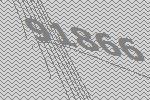
91866